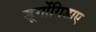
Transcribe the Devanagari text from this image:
डूगोंगिडाए